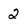
Character: 2